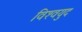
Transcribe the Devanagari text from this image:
विश्‍वयुद